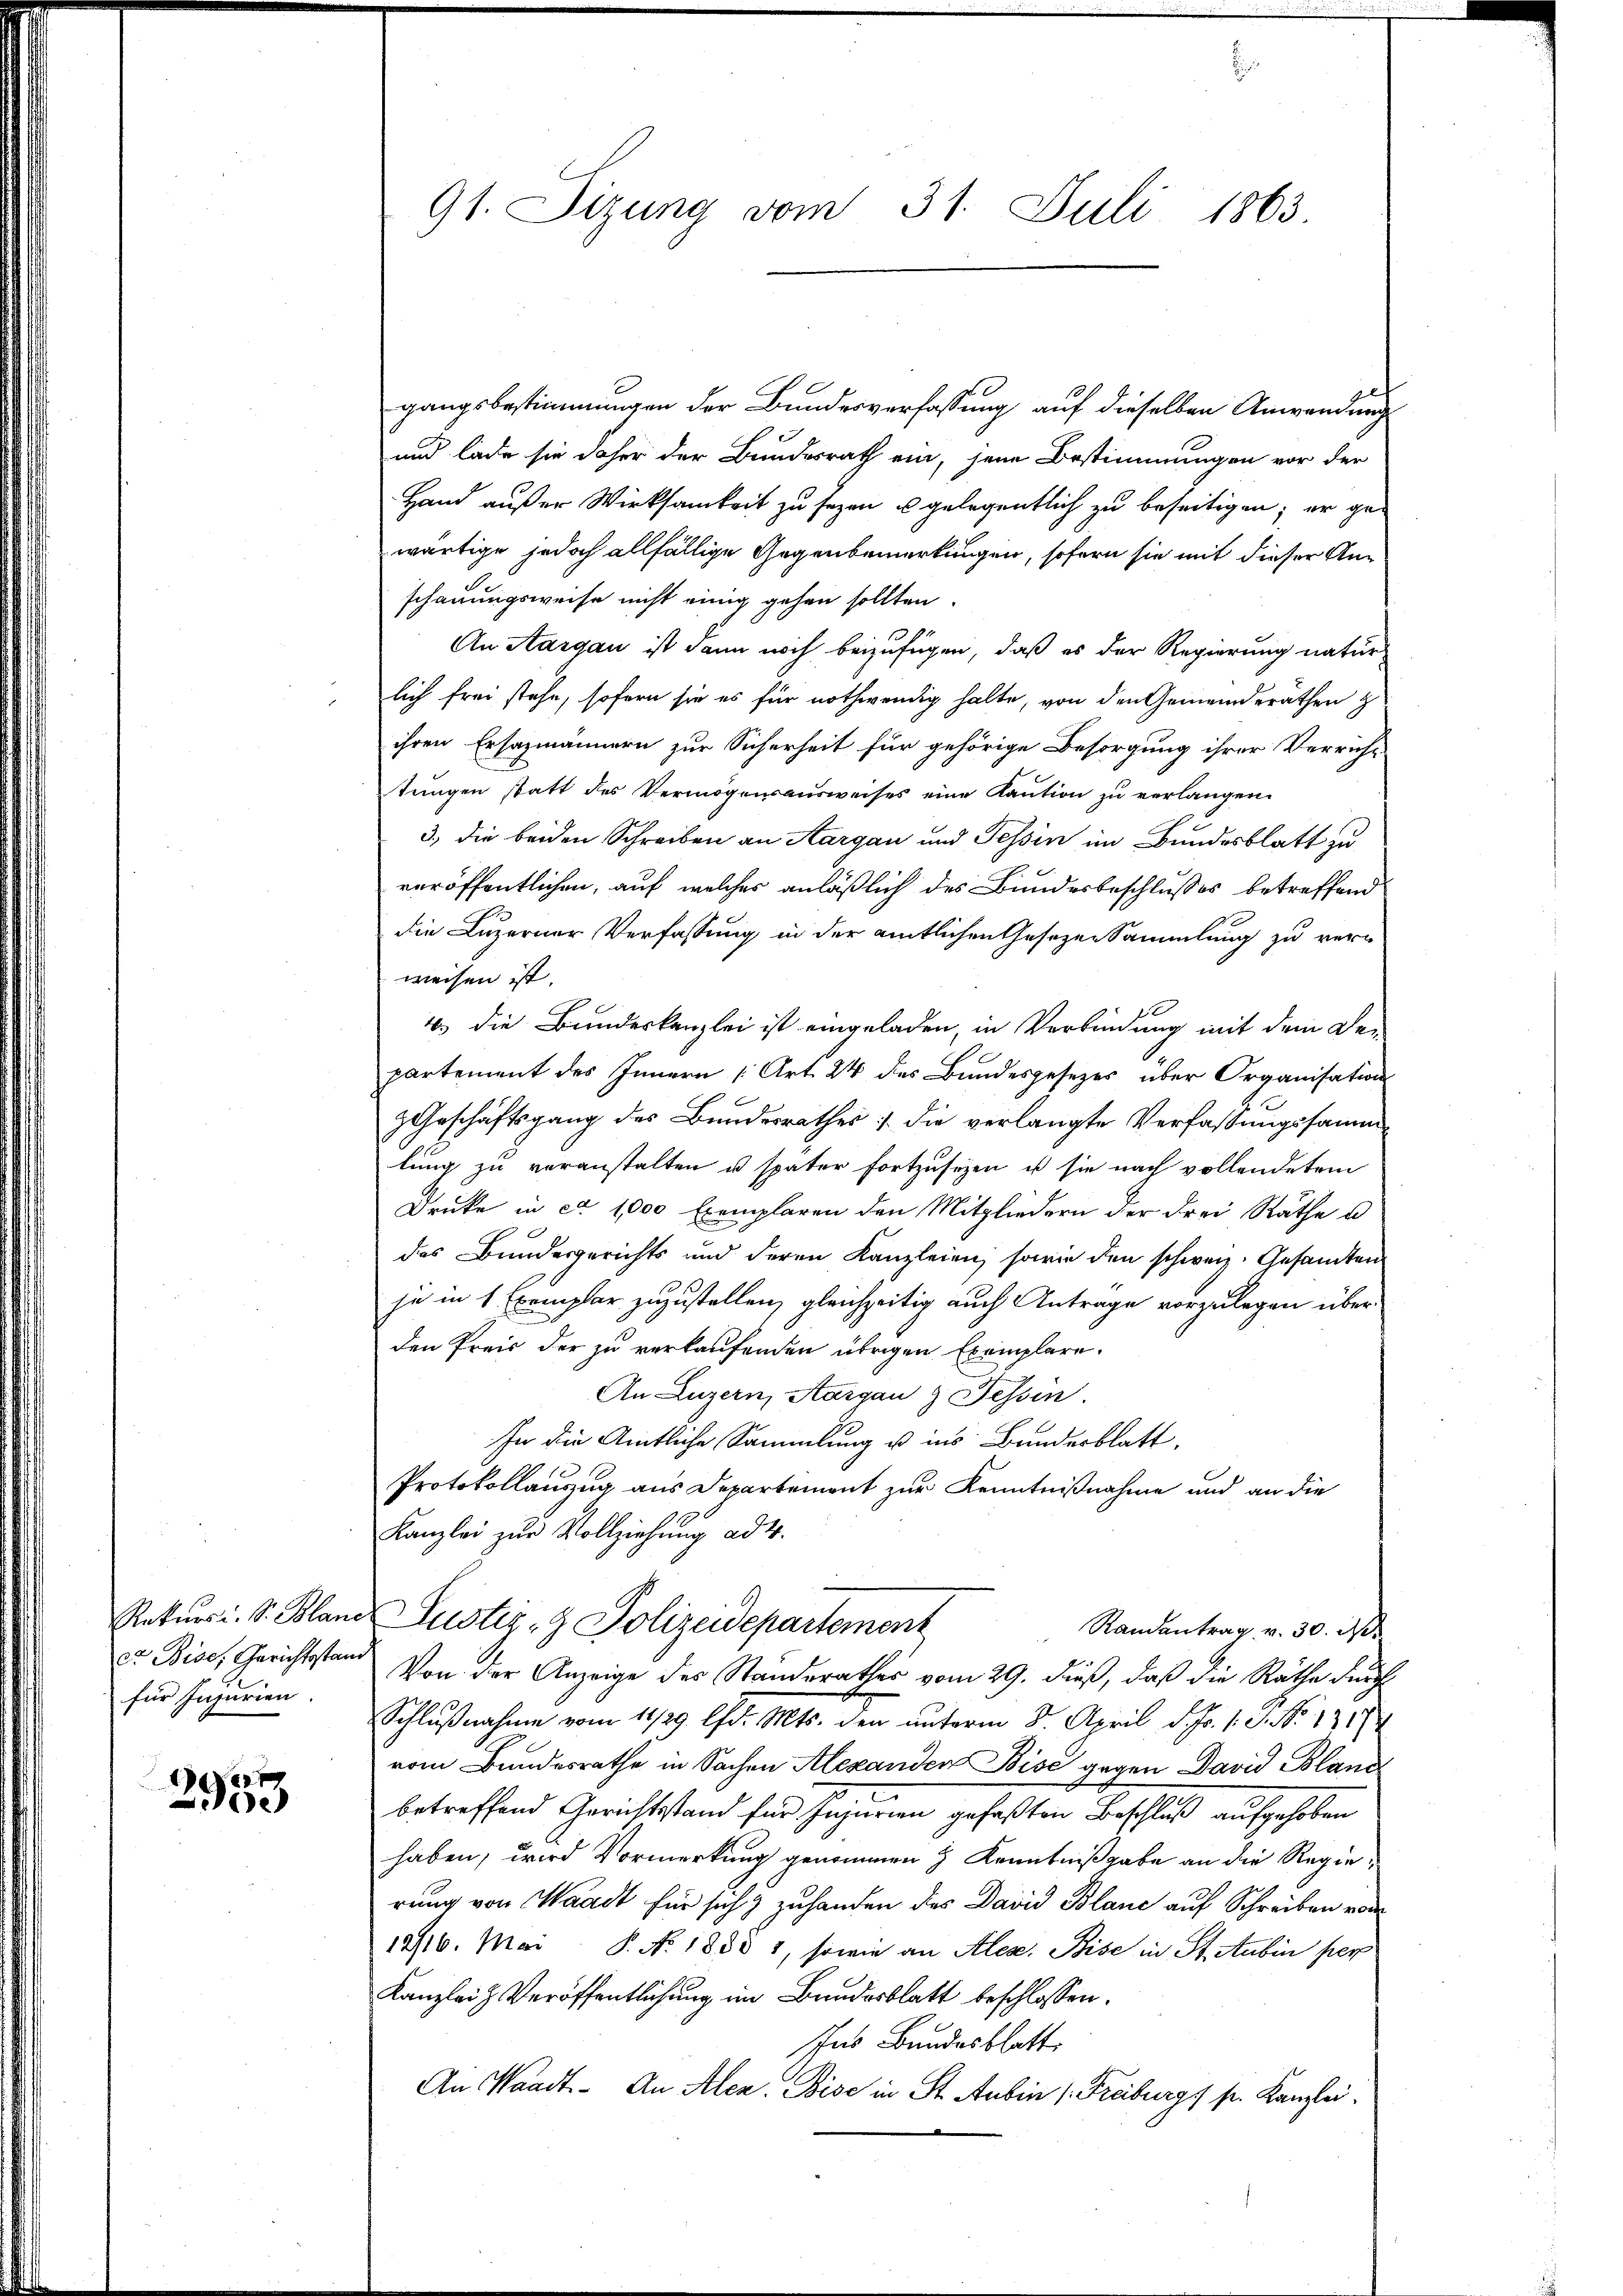
für Injurien.

2953

91. Sitzung vom 31. Juli 1863.

gangsbestimmungen der Bundesverfassung auf dieselben Anwendung
und lade sie daher der Bundesrath ein, jene Bestimmungen vor der
Hand außer Wirksamkeit zu seyen u gelegentlich zu beseitigen; er gewärtige jedoch allfällige Gegenbemerkungen, sofern sie mit dieser Anschauungsweise nicht einig gehen sollten.
An Aargau ist dann noch beizufügen, daß es der Regierung natur
lich frei stehe, sofern sie es für nothwendig halte, von den Gemeinderäthen z
ihren Ersazmännern zur Sicherheit für gehörige Besorgung ihrer Verricht
tŭngen statt des Vermögensausweises eine Kaŭtion zŭ verlangen.
3.) die beiden Schreiben an Aargau und Tessin im Bundesblatt zu
veröffentlichen, auf welches anläßlich des Bundesbeschlusses betreffend
die Luzerner Verfassung in der amtlichen Gesezen Sammlung zu verweisen ist.
4 die Bundeskanzlei ist eingeladen, in Verbindung mit dem De-
partement des Innern [Art. 24 des Bundesgesezes über Organisation
zGeschäftsgang des Bundesrathes :/ die verlangte Verfaßungssamm
lung zu veranstalten u später fortzusezen, ist sie nach vollendetem
Drucke in ca 1000 Exemplaren den Mitgliedern der drei Räthe u
des Bundesgerichts und deren Kanzleien, sowie den schweiz. Gesandten
je in 1 Exemplar zuzustellen, gleichzeitig auch Anträge vorzulegen über
den Preis der zu verkaufenden übrigen Exemplare
An Luzern, Aargau z Tessin.
für die Amtliche Sammlung ist ins Bundesblatt,
Protokollauszug aus Departement zur Kenntnißnahme und an die
Kanzlei zur Vollziehung ad 4.
Rekurs i. S. Bland Justiz- & Polizeidepartement
Randantrag v. 30. A
er Bise, Gerichtstand von der Anzeige des Standerathes vom 29. dieß, daß die Räthe durch
Schlußnahme vom 11/29. d. Mts. den unterm 8. April d. Js. 1. P. Nr. 1719
vom Bundesrathe in Sachen Alexanden Bise gegen David Bland
betreffend Gerichtstand für Heizern gefaßten Beschloß aufgehoben
haben, wird Vormerkung genommen & Kenntnißgabe an die Regierung von Waadt für sich & zuhanden des David Blanc auf Schreiben von
12/16. Mai. P. No. 1888 1, sowie an Alex. Bise in St. Aubin per
Kanzlei Veröffentlichung im Bundesblatt beschlossen:
Ins Bundesblatt
An Waadt - An Alen. Bise in St. Aubin (Freiburgs sr. Kanzlei¬